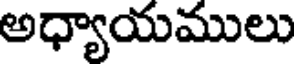
అధ్యాయములు